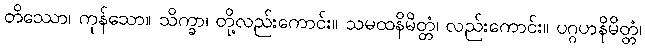
တိဿော၊ ကုန်သော။ သိက္ခာ၊ တို့လည်းကောင်း။ သမထနိမိတ္တံ၊ လည်းကောင်း။ ပဂ္ဂဟနိမိတ္တံ၊